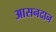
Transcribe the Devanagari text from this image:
आसनदान